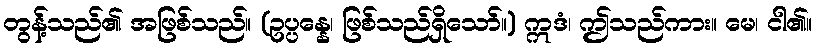
တွန့်သည်၏ အဖြစ်သည်။ (ဥပ္ပန္နေ၊ ဖြစ်သည်ရှိသော်။) ဣဒံ၊ ဤသည်ကား။ မေ၊ ငါ၏။